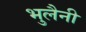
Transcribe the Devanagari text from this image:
भुलैनी